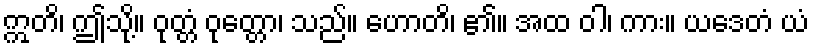
ဣတိ၊ ဤသို့။ ဝုတ္တံ ဝုတ္တော၊ သည်။ ဟောတိ၊ ၏။ အထ ဝါ၊ ကား။ ယဒေတံ ယံ